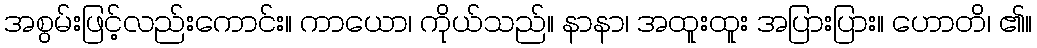
အစွမ်းဖြင့်လည်းကောင်း။ ကာယော၊ ကိုယ်သည်။ နာနာ၊ အထူးထူး အပြားပြား။ ဟောတိ၊ ၏။